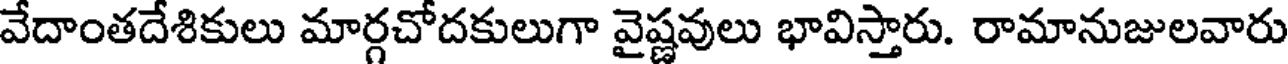
వేదాంతదేశికులు మార్గచోదకులుగా వైష్ణవులు భావిస్తారు. రామానుజులవారు